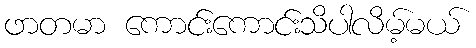
ဖာတမာ ကောင်းကောင်းသိပါလိမ့်မယ်